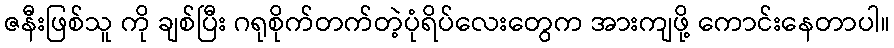
ဇနီးဖြစ်သူ ကို ချစ်ပြီး ဂရုစိုက်တက်တဲ့ပုံရိပ်လေးတွေက အားကျဖို့ ကောင်းနေတာပါ။